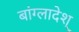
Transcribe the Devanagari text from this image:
बांग्लादेश्